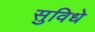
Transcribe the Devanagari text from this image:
सुविधे